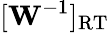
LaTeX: [\mathbf{W}^{-1}]_{\mathrm{RT}}